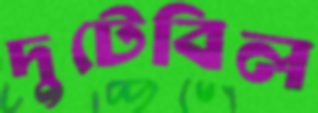
দুটেবিল